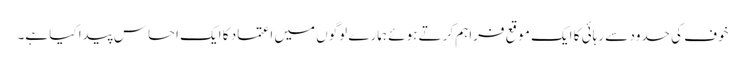
خوف کی حدود سے رہائی کا ایک موقع فراہم کرتے ہوئے ہمارے لوگوں میں اعتماد کا ایک احساس پیدا کیا ہے۔